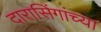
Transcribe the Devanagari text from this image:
दारासिंगांच्या